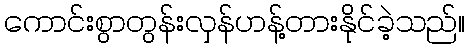
ကောင်းစွာတွန်းလှန်ဟန့်တားနိုင်ခဲ့သည်။